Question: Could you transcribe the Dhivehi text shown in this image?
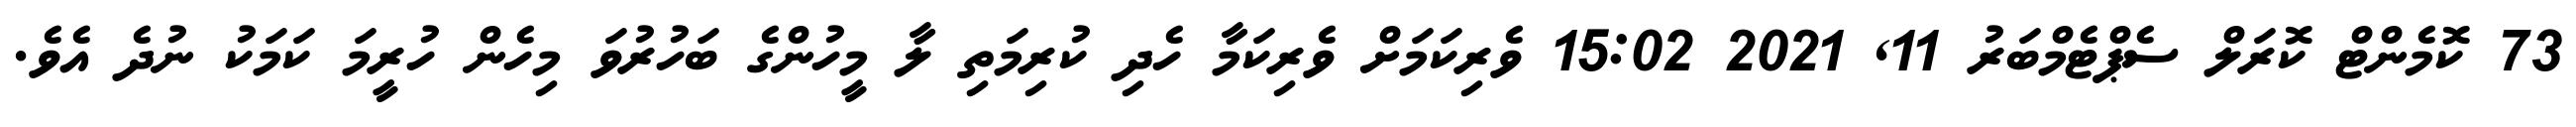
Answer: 73 ކޮމެންޓް ކޮރަލް ސެޕްޓެމްބަރު 11, 2021 15:02 ވެރިކަމަށް ވެރިކަމާ ހެދި ކުރިމަތި ލާ މީހުންގެ ބަހުރުވަ މިހެން ހުރީމަ ކަމަކު ނުދެ އެވެ.